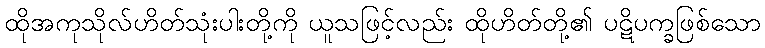
ထိုအကုသိုလ်ဟိတ်သုံးပါးတို့ကို ယူသဖြင့်လည်း ထိုဟိတ်တို့၏ ပဋိပက္ခဖြစ်သော